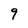
Character: 9